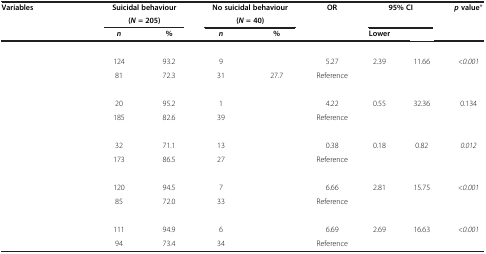
<table><thead><tr><td><b>Variables</b></td><td colspan="2"><b>Suicidal behaviour</b></td><td colspan="2"><b>No suicidal behaviour</b></td><td><b>OR</b></td><td colspan="2"><b>95% CI</b></td><td><b><i>p </i>value*</b></td></tr><tr><td>[EMPTY_CELL]</td><td colspan="2"><b>(<i>N </i>= 205)</b></td><td colspan="2"><b>(<i>N </i>= 40)</b></td><td>[EMPTY_CELL]</td><td>[EMPTY_CELL]</td><td>[EMPTY_CELL]</td><td>[EMPTY_CELL]</td></tr><tr><td>[EMPTY_CELL]</td><td><b><i>n</i></b></td><td><b>%</b></td><td><b><i>n</i></b></td><td><b>%</b></td><td>[EMPTY_CELL]</td><td><b>Lower</b></td><td>[EMPTY_CELL]</td><td>[EMPTY_CELL]</td></tr></thead><tbody><tr><td>[EMPTY_CELL]</td><td>[EMPTY_CELL]</td><td>[EMPTY_CELL]</td><td>[EMPTY_CELL]</td><td>[EMPTY_CELL]</td><td>[EMPTY_CELL]</td><td>[EMPTY_CELL]</td><td>[EMPTY_CELL]</td><td>[EMPTY_CELL]</td></tr><tr><td>[EMPTY_CELL]</td><td>124</td><td>93.2</td><td>9</td><td>[EMPTY_CELL]</td><td>5.27</td><td>2.39</td><td>11.66</td><td><i>&lt;0.001</i></td></tr><tr><td>[EMPTY_CELL]</td><td>81</td><td>72.3</td><td>31</td><td>27.7</td><td>Reference</td><td>[EMPTY_CELL]</td><td>[EMPTY_CELL]</td><td>[EMPTY_CELL]</td></tr><tr><td>[EMPTY_CELL]</td><td>[EMPTY_CELL]</td><td>[EMPTY_CELL]</td><td>[EMPTY_CELL]</td><td>[EMPTY_CELL]</td><td>[EMPTY_CELL]</td><td>[EMPTY_CELL]</td><td>[EMPTY_CELL]</td><td>[EMPTY_CELL]</td></tr><tr><td>[EMPTY_CELL]</td><td>20</td><td>95.2</td><td>1</td><td>[EMPTY_CELL]</td><td>4.22</td><td>0.55</td><td>32.36</td><td>0.134</td></tr><tr><td>[EMPTY_CELL]</td><td>185</td><td>82.6</td><td>39</td><td>[EMPTY_CELL]</td><td>Reference</td><td>[EMPTY_CELL]</td><td>[EMPTY_CELL]</td><td>[EMPTY_CELL]</td></tr><tr><td>[EMPTY_CELL]</td><td>[EMPTY_CELL]</td><td>[EMPTY_CELL]</td><td>[EMPTY_CELL]</td><td>[EMPTY_CELL]</td><td>[EMPTY_CELL]</td><td>[EMPTY_CELL]</td><td>[EMPTY_CELL]</td><td>[EMPTY_CELL]</td></tr><tr><td>[EMPTY_CELL]</td><td>32</td><td>71.1</td><td>13</td><td>[EMPTY_CELL]</td><td>0.38</td><td>0.18</td><td>0.82</td><td><i>0.012</i></td></tr><tr><td>[EMPTY_CELL]</td><td>173</td><td>86.5</td><td>27</td><td>[EMPTY_CELL]</td><td>Reference</td><td>[EMPTY_CELL]</td><td>[EMPTY_CELL]</td><td>[EMPTY_CELL]</td></tr><tr><td>[EMPTY_CELL]</td><td>[EMPTY_CELL]</td><td>[EMPTY_CELL]</td><td>[EMPTY_CELL]</td><td>[EMPTY_CELL]</td><td>[EMPTY_CELL]</td><td>[EMPTY_CELL]</td><td>[EMPTY_CELL]</td><td>[EMPTY_CELL]</td></tr><tr><td>[EMPTY_CELL]</td><td>120</td><td>94.5</td><td>7</td><td>[EMPTY_CELL]</td><td>6.66</td><td>2.81</td><td>15.75</td><td><i>&lt;0.001</i></td></tr><tr><td>[EMPTY_CELL]</td><td>85</td><td>72.0</td><td>33</td><td>[EMPTY_CELL]</td><td>Reference</td><td>[EMPTY_CELL]</td><td>[EMPTY_CELL]</td><td>[EMPTY_CELL]</td></tr><tr><td>[EMPTY_CELL]</td><td>[EMPTY_CELL]</td><td>[EMPTY_CELL]</td><td>[EMPTY_CELL]</td><td>[EMPTY_CELL]</td><td>[EMPTY_CELL]</td><td>[EMPTY_CELL]</td><td>[EMPTY_CELL]</td><td>[EMPTY_CELL]</td></tr><tr><td>[EMPTY_CELL]</td><td>111</td><td>94.9</td><td>6</td><td>[EMPTY_CELL]</td><td>6.69</td><td>2.69</td><td>16.63</td><td><i>&lt;0.001</i></td></tr><tr><td>[EMPTY_CELL]</td><td>94</td><td>73.4</td><td>34</td><td>[EMPTY_CELL]</td><td>Reference</td><td>[EMPTY_CELL]</td><td>[EMPTY_CELL]</td><td>[EMPTY_CELL]</td></tr></tbody></table>